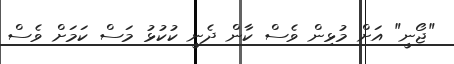
"ޖޯނީ" އަށް މުޅިން ވެސް ކާން ދެނީ ކުކުޅު މަސް ކަމަށް ވެސް